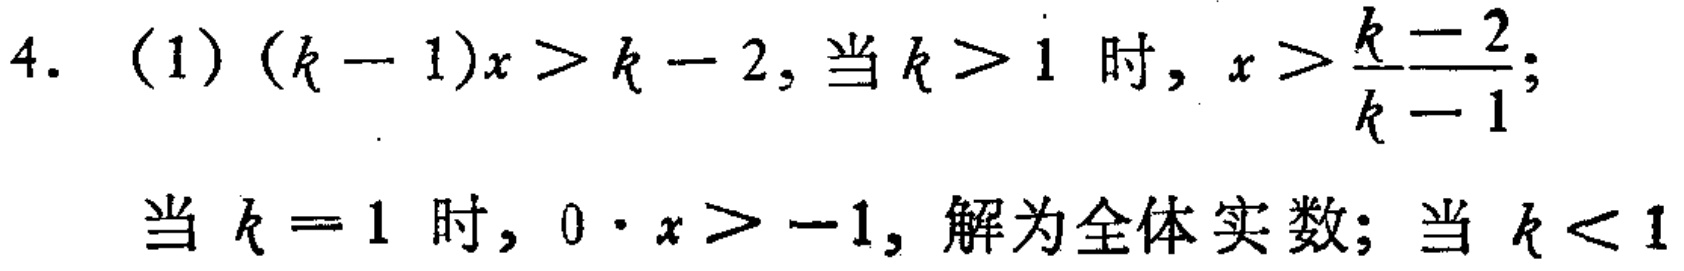
4. (1) \((k - 1)x>k - 2\), 当 \(k>1\) 时, \(x>\frac{k - 2}{k - 1}\);
当 \(k = 1\) 时, \(0\cdot x>-1\), 解为全体实数; 当 \(k<1\)